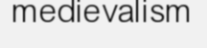
medievalism